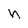
Character: h